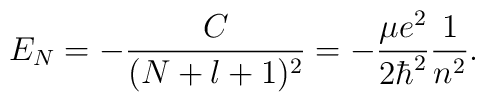
E_{N}=-\frac{C}{(N+l+1)^{2}}=-\frac{\mu e^{2}}{2\hbar ^{2}}\frac{1}{n^{2}}.